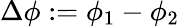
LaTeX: \Delta\phi:=\phi_{1}-\phi_{2}